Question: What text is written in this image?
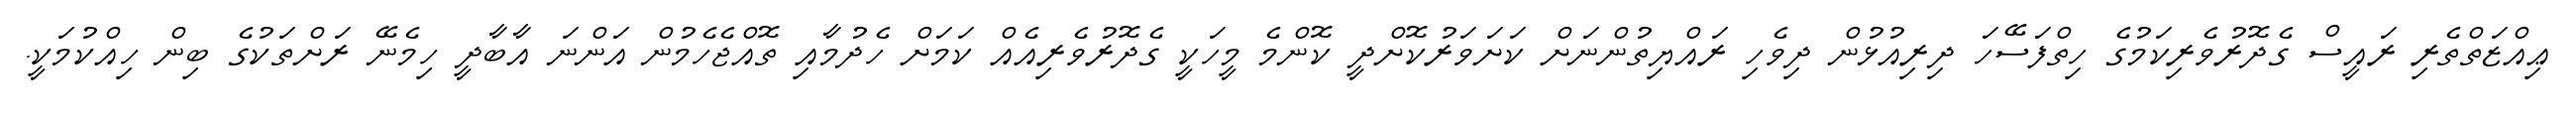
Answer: ޢިއްޒަތްތެރި ރައީސް ގެދޮރުވެރިކަމުގެ ހިތްފަސޭހަ ދިރިއުޅުން ދިވެހި ރައްޔިތުންނަށް ކަށަވަރުކޮށްދީ ކޮންމެ މީހަކީ ގެދޮރުވެރިއެއް ކަމަށް ހެދުމާއި ތޮއްޖެހެމުން އަންނަ އާބާދީ ހިމެނޭ ރަށްތަކުގެ ބިން ހިއްކުމަކީ.